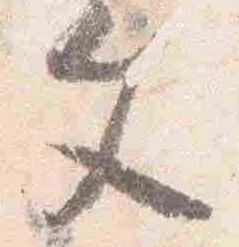
文